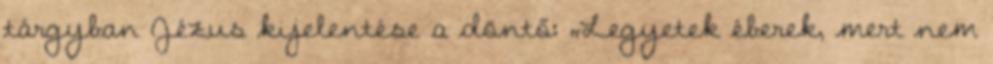
tárgyban Jézus kijelentése a döntő: „Legyetek éberek, mert nem